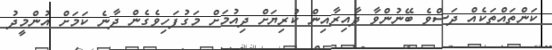
ކަންތައްތަކެއް ދަސްވެ ބޭނުންވާ ދާއިރާއިން ކުރިޔަށް ދިއުމަށް މަގުފަހިވެގެން ދާނެ ކަމަށް އުންމީދު